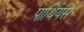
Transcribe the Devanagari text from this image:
पार्थियंस